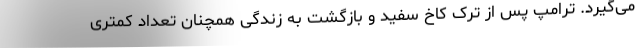
می‌گیرد. ترامپ پس از ترک کاخ سفید و بازگشت به زندگی همچنان تعداد کمتری